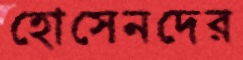
হোসেনদের